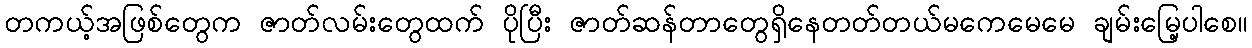
တကယ့်အဖြစ်တွေက ဇာတ်လမ်းတွေထက် ပိုပြီး ဇာတ်ဆန်တာတွေရှိနေတတ်တယ်မကေမေမေ ချမ်းမြေ့ပါစေ။